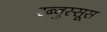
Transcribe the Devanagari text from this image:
रब्बुस्सूस